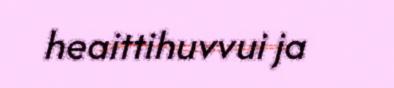
heaittihuvvui ja